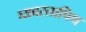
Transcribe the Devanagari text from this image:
व्यवस्तापिथ